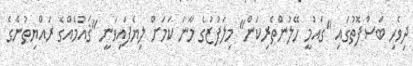
ދިވެހި ބަސްފޮތުގައި "ގައުމީ ހޭލުންތެރިކަން" މިލަފުޒުގެ މާނަ ކަމަށް ލިޔެފައިވަނީ "ޤައުމެއްގެ ރައްޔިތުންގެ